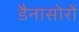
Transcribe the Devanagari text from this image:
डैनासोरों